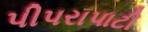
પીપરાપાટી